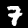
Label: 7